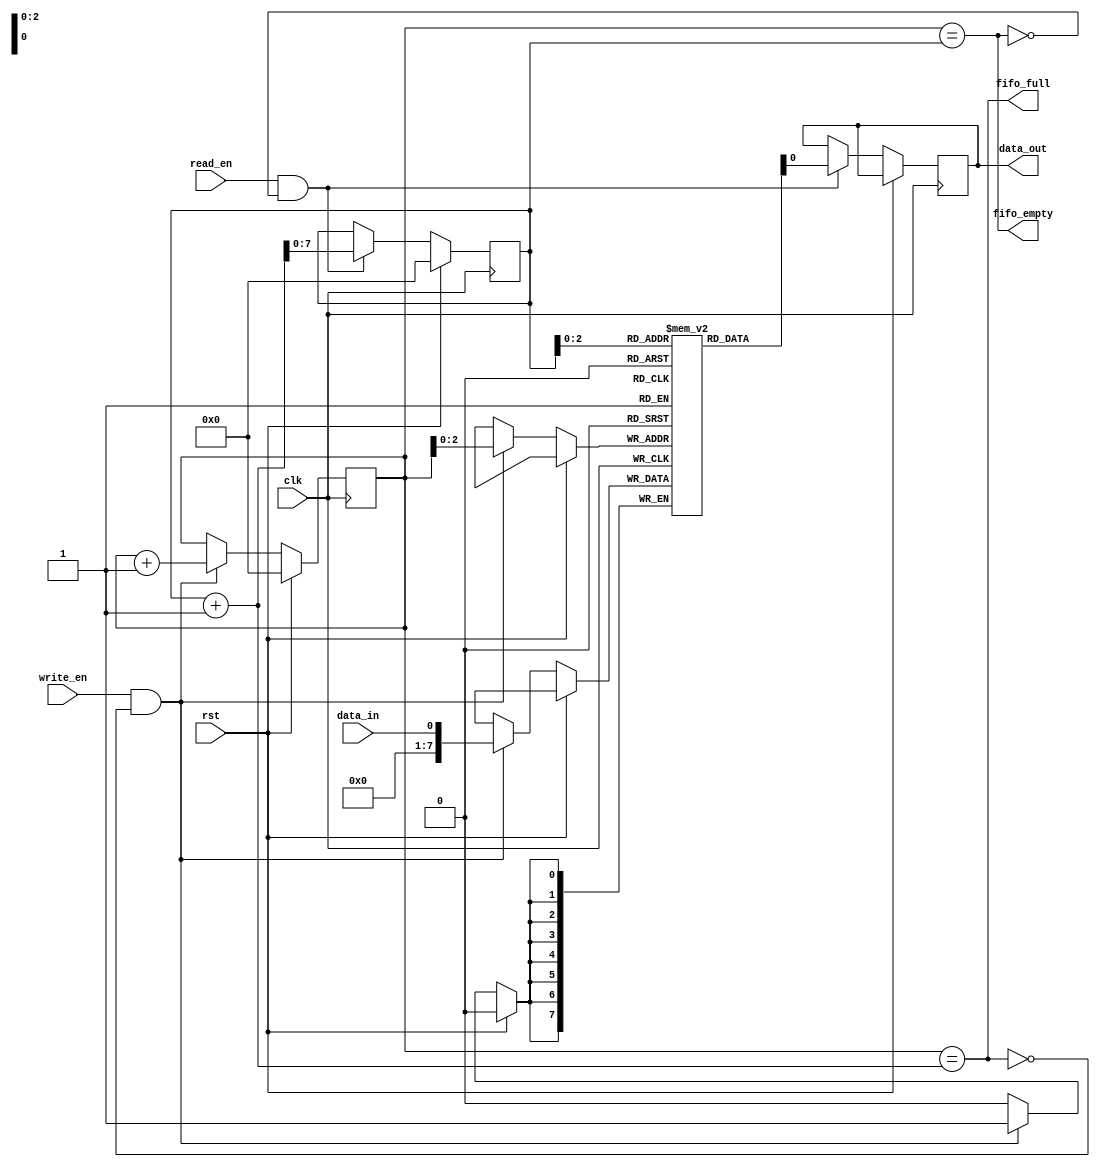
module fifo_bidirectional(
    input wire clk,             // Clock signal
    input wire rst,             // Reset signal
    
    input wire write_en,        // Write enable signal
    input wire read_en,         // Read enable signal
    input wire data_in,         // Input data
    output reg data_out,        // Output data
    
    output wire fifo_full,      // Flag indicating FIFO is full
    output wire fifo_empty      // Flag indicating FIFO is empty
);

parameter FIFO_DEPTH = 8;      // Depth of the FIFO
parameter DATA_WIDTH = 8;      // Data width of the FIFO

reg [DATA_WIDTH-1:0] fifo [0:FIFO_DEPTH-1];   // FIFO memory buffer
reg [DATA_WIDTH-1:0] read_ptr, write_ptr;     // Read and write pointers

initial begin
    read_ptr = 0;
    write_ptr = 0;
end

always @(posedge clk) begin
    if(rst) begin
        read_ptr <= 0;
        write_ptr <= 0;
    end else begin
        if(write_en && !fifo_full) begin
            fifo[write_ptr] <= data_in;
            write_ptr <= write_ptr + 1;
        end
        
        if(read_en && !fifo_empty) begin
            data_out <= fifo[read_ptr];
            read_ptr <= read_ptr + 1;
        end
    end
end

assign fifo_full = (write_ptr == read_ptr + 1);
assign fifo_empty = (write_ptr == read_ptr);

endmodule